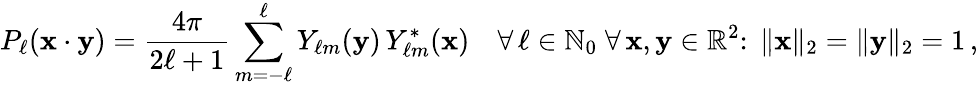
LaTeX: P_{\ell}(\mathbf{x}\cdot\mathbf{y})={\frac{4\pi}{2\ell+1}}\sum_{m=-\ell}^{\ell}Y_{\ell m}(\mathbf{y})\, Y_{\ell m}^{*}(\mathbf{x})\quad\forall\, \ell\in\mathbb{N}_{0}\; \forall\, \mathbf{x},\mathbf{y}\in\mathbb{R}^{2}\colon\; \| \mathbf{x}\| _{2}=\| \mathbf{y}\| _{2}=1\, ,